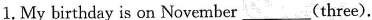
1.My birthday is on November ___ (three).